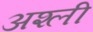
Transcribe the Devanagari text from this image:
अश्ली